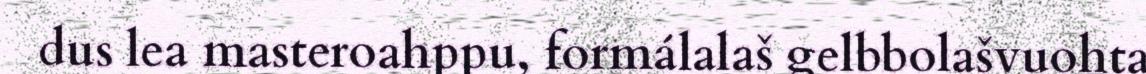
dus lea masteroahppu, formálalaš gelbbolašvuohta